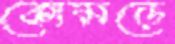
কোমড়ে